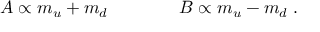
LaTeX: A \propto m _ { u } + m _ { d } ~ ~ ~ ~ ~ ~ ~ ~ ~ ~ ~ ~ B \propto m _ { u } - m _ { d } \; .